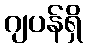
ဂျပန်ရှိ